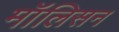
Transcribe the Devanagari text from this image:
मॉलिसन